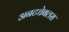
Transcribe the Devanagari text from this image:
अनटचेबलस